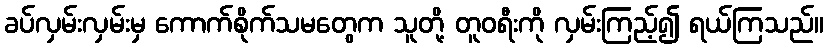
ခပ်လှမ်းလှမ်းမှ ကောက်စိုက်သမတွေက သူတို့ တူဝရီးကို လှမ်းကြည့်၍ ရယ်ကြသည်။